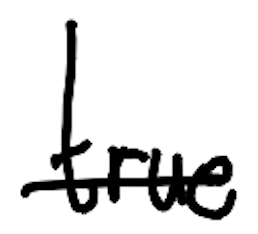
Text: true
Cross-out: single-line
Writing tool: digital_black